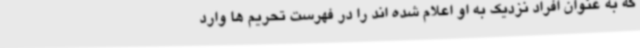
که به عنوان افراد نزدیک به او اعلام شده اند را در فهرست تحریم ها وارد